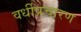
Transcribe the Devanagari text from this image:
वर्धीप्रचारण